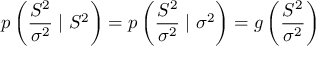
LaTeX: p \left( { \frac { S ^ { 2 } } { \sigma ^ { 2 } } } \mid S ^ { 2 } \right) = p \left( { \frac { S ^ { 2 } } { \sigma ^ { 2 } } } \mid \sigma ^ { 2 } \right) = g \left( { \frac { S ^ { 2 } } { \sigma ^ { 2 } } } \right)